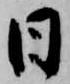
日